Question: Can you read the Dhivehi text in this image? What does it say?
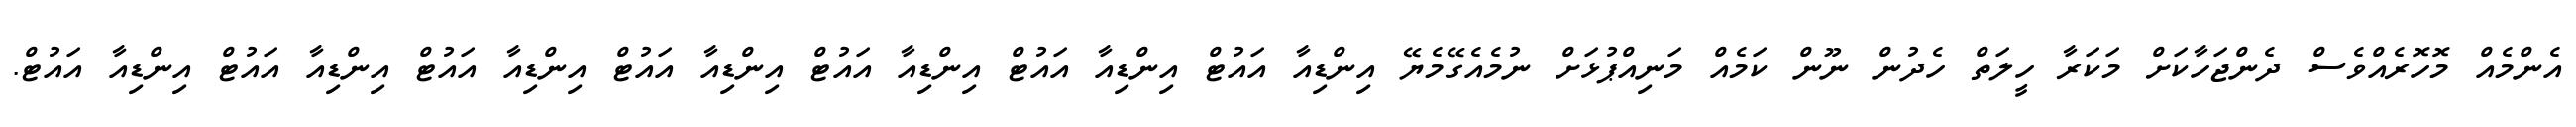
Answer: އެންމެއް މޮހޮރެއްވެސް ދެންޖަހާކަށް މަކަރާ ހީލަތް ހެދުން ނޫން ކަމެއް މަނިއްޕުޅަށް ނުމެއެގޭމެޔޭ އިންޑިއާ އައުޓް އިންޑިއާ އައުޓް އިންޑިއާ އައުޓް އިންޑިއާ އައުޓް އިންޑިއާ އައުޓް އިންޑިއާ އައުޓް އިންޑިއާ އައުޓް.